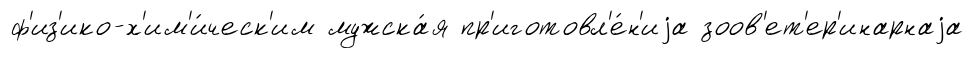
ф'из'ико-х'им'и́ческ'им мужска́я пр'иготовл'е́н'иjа зоов'ет'ер'инарнаjа